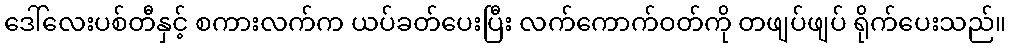
ဒေါ်လေးပစ်တီနှင့် စကားလက်က ယပ်ခတ်ပေးပြီး လက်ကောက်ဝတ်ကို တဖျပ်ဖျပ် ရိုက်ပေးသည်။